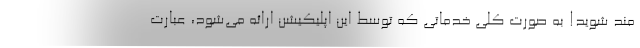
مند شوید! به صورت کلی خدماتی که توسط این اپلیکیشن ارائه می‌شود، عبارت